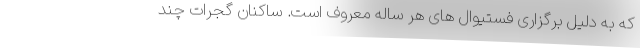
که به دلیل برگزاری فستیوال های هر ساله معروف است. ساکنان گُجَرات چند